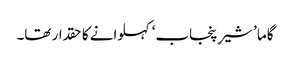
گاما ’شیرِ پنجاب‘ کہلوانے کا حقدار تھا۔